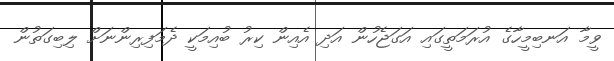
ވީމާ އަނބިމީހާގެ އުރަމަތީގައި އަގަޖެހުން އަދި އެއިން ކިރު ބުއިމަކީ ދެމަފިރިންނަށް ލިބިގަތުން